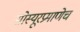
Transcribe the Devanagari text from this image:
सोस्यूरप्रमाणेच